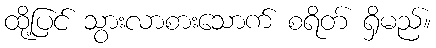
ထို့ပြင် သွားလာစားသောက် စရိတ် ရှိမည်။